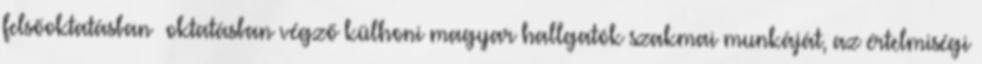
felsőoktatásban oktatásban végző külhoni magyar hallgatók szakmai munkáját, az értelmiségi